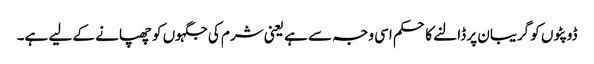
ڈوپٹوں کو گریبان پر ڈالنے کا حکم اسی وجہ سے ہے یعنی شرم کی جگہوں کو چھپانے کے لیے ہے۔